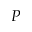
P